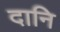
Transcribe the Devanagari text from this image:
दानि